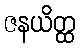
ဇနယိတ္ထ